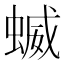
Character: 蝛